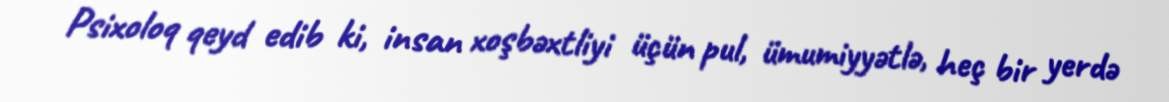
Psixoloq qeyd edib ki, insan xoşbəxtliyi üçün pul, ümumiyyətlə, heç bir yerdə